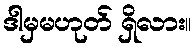
ဒါမှမဟုတ် ရှိလား။